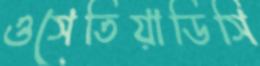
ওসেতিয়াডিসি